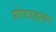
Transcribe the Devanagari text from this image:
प्रोफ़ाइलर